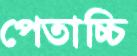
পেতাচ্চি